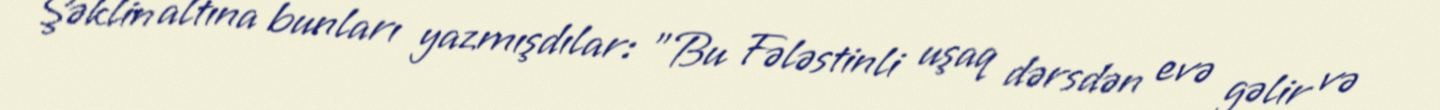
Şəklin altına bunları yazmışdılar: "Bu Fələstinli uşaq dərsdən evə gəlir və